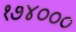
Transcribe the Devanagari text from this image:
१७४०००